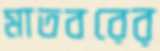
মাতবরের